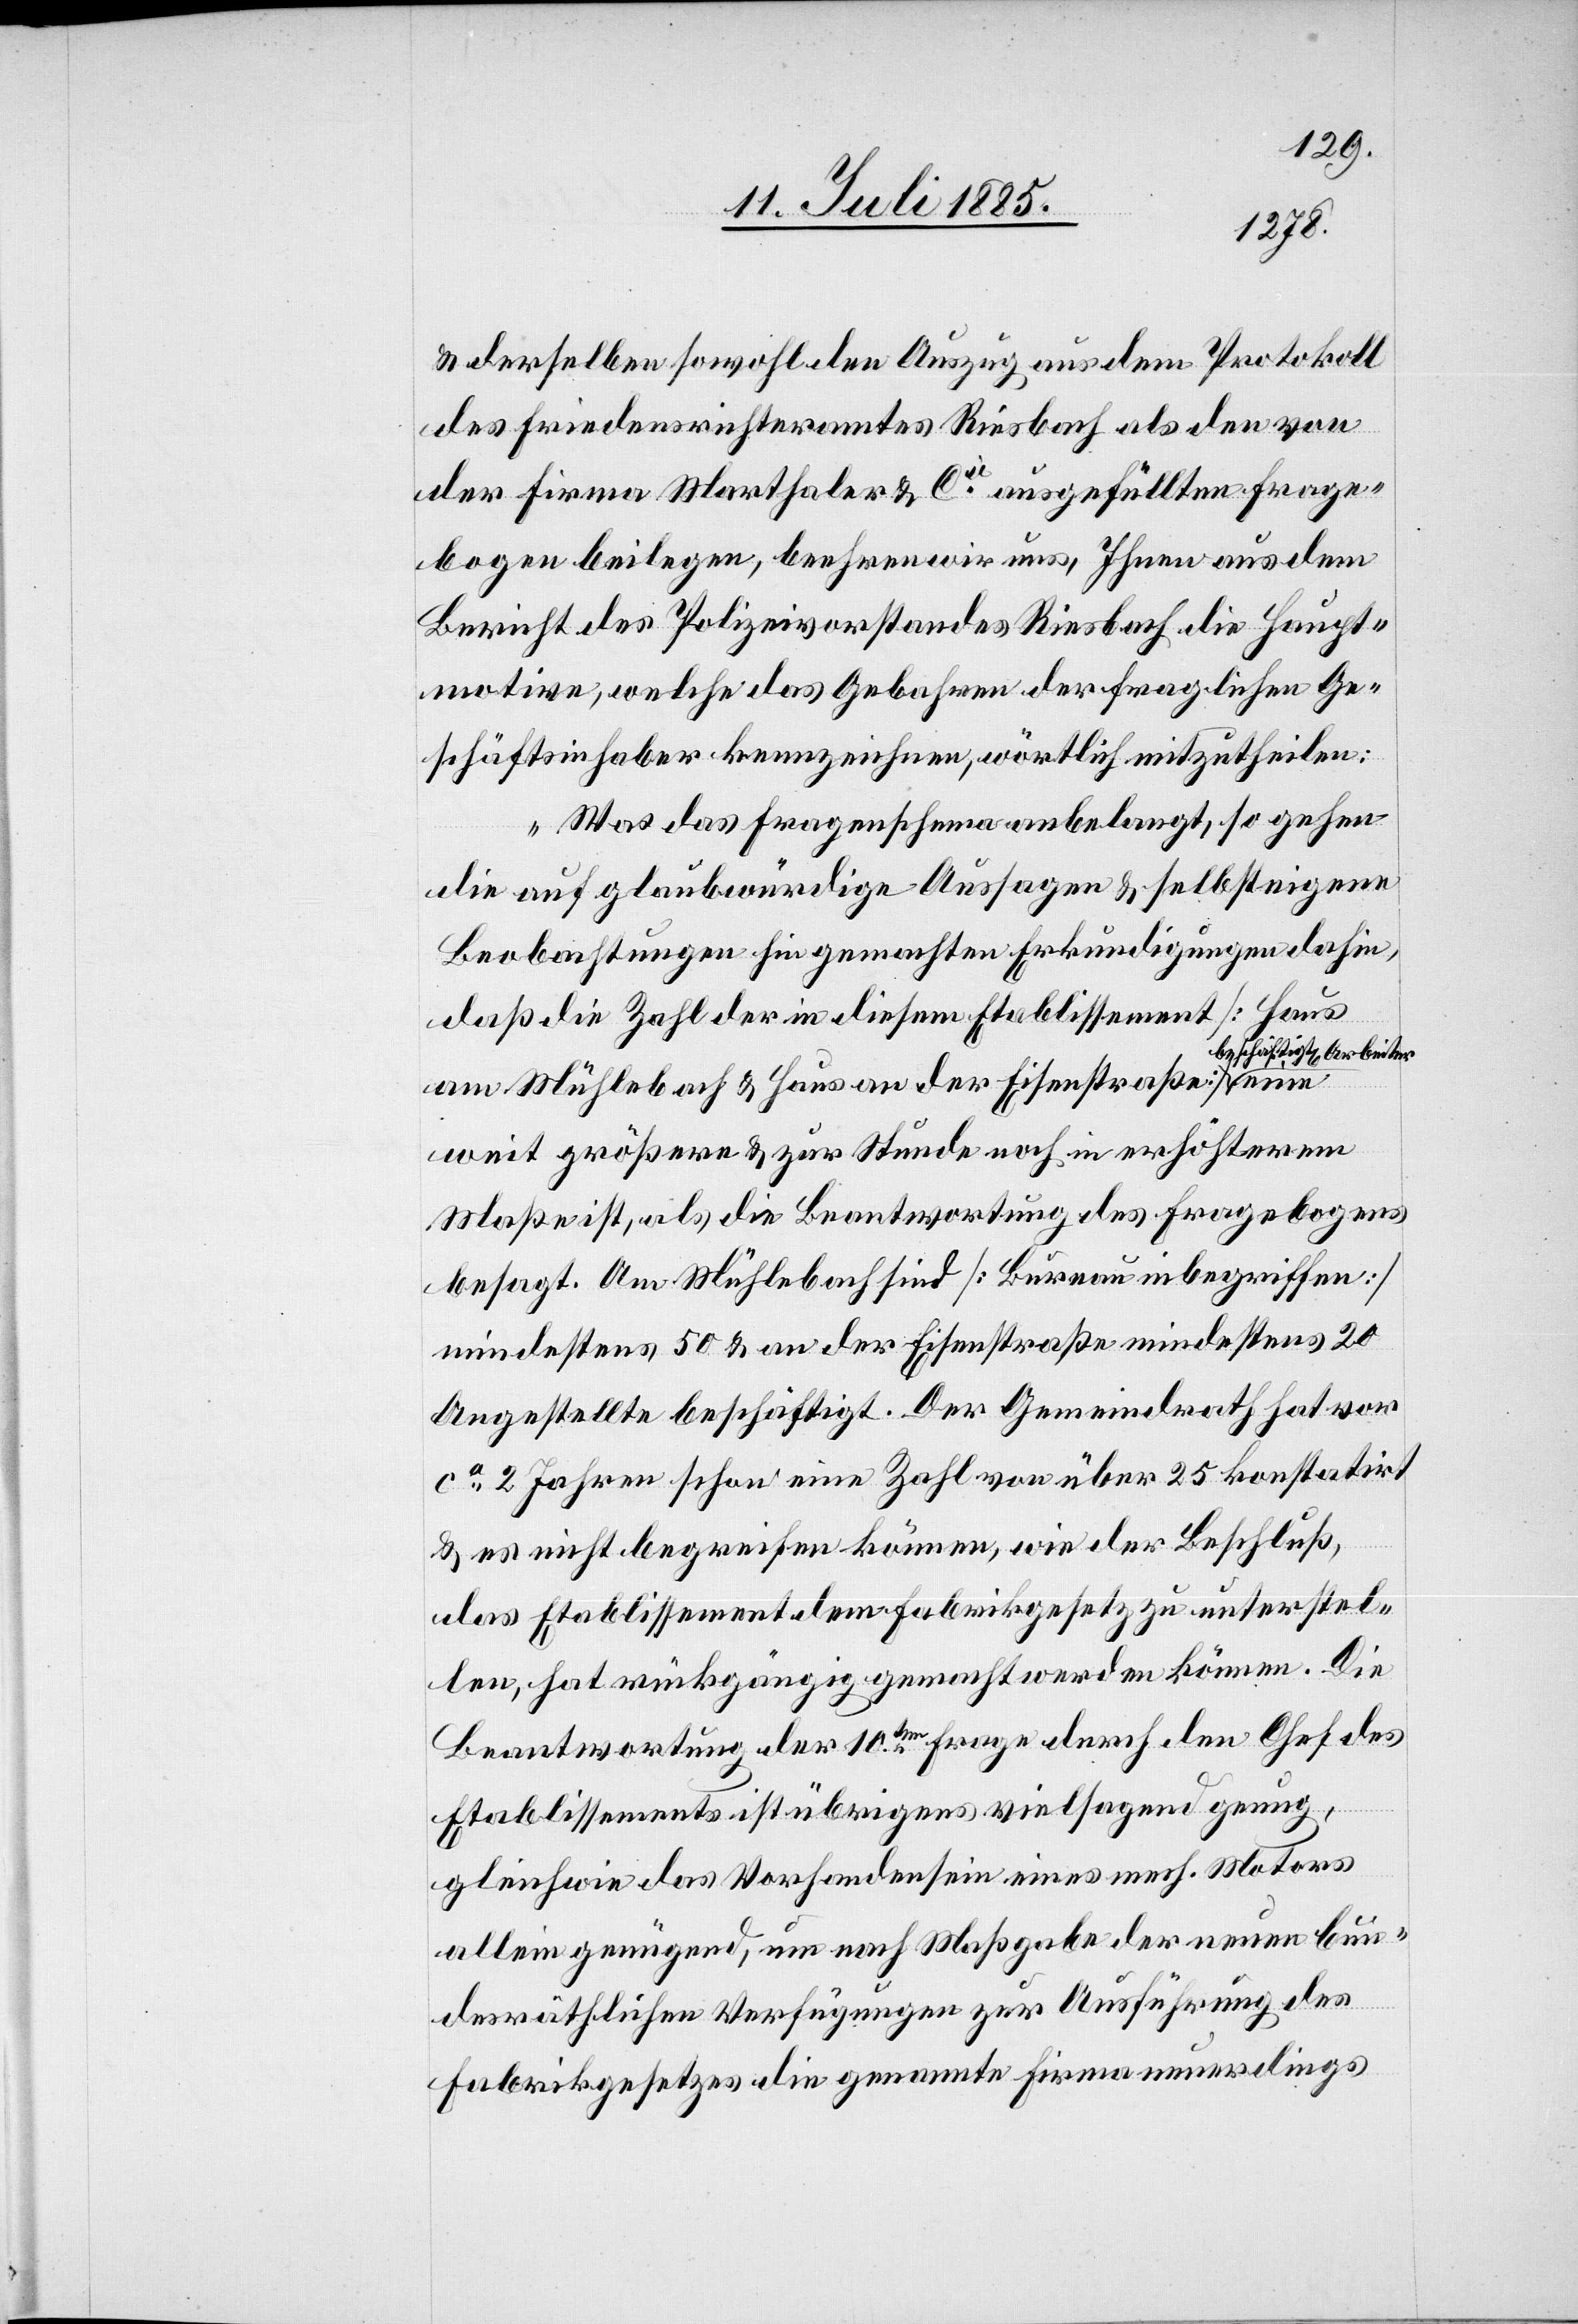
& derselben sowohl den Auszug aus dem Protokoll
des Friedensrichteramtes Riesbach als den von
der Firma Marthaler & Cie ausgefüllten Frage¬
bogen beilegen, beehren wir uns, Ihnen aus dem
Bericht des Polizeivorstandes Riesbach die Haupt¬
motive, welche das Gebahren der fraglichen Ge¬
schäftsinhaber kennzeichnen, wörtlich mitzutheilen:
„Was das Fragenschema angelangt, so gehen
die auf glaubwürdige Aussaggen & selbst eigene
Beobachtungen hin gemachten Erkundigungen dahin,
daß die Zahl der in diesem Etablissement [Haus
a-beschäftigten Arbeiter-a
am Mühlebach & Haus an der Eisenstraße]
weit größere & zur Stunde noch in erhöhterem
Maße ist, als die Beantwortung des Fragebogens
besagt. Am Mühlebach sind [Bureau inbegriffen]
mindestens 50 & an der Eisenstraße mindestens 20
Angestellte beschäftigt. Der Gemeindrath hat vor
ca 2 Jahren schon eine Zahl von über 25 kontastirt
& es nicht begreifen können, wie der Beschluß,
das Etablissement dem Fabrikgesetz zu unterstel¬
len, hat rückgängig gemacht werden können Die
Beantwortung der 10ten Frage durch den Chef des
Etablissements ist übrigens vielsagend genug,
gleich wie das Vorhandensein eines mech. Motors
allein genügend, um nach Maßgabe der neuen bun¬
desräthlichen Verfügungen zur Ausführung des
Fabrikgesetzes die genannte Firma neuerdings